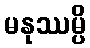
မနုဿမ္ပိ